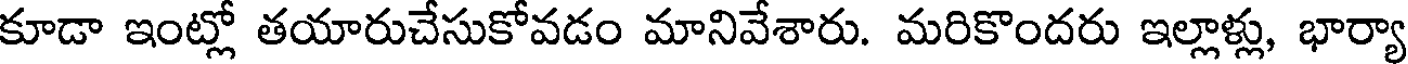
కూడా ఇంట్లో తయారుచేసుకోవడం మానివేశారు. మరికొందరు ఇల్లాళ్లు, భార్యా